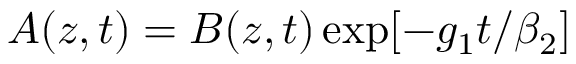
A ( z , t ) = B ( z , t ) \exp [ - g _ { 1 } t / \beta _ { 2 } ]